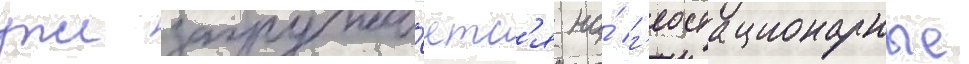
уже загружа́етс'я на́ г'еостационарные